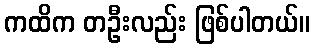
ကထိက တဦးလည်း ဖြစ်ပါတယ်။